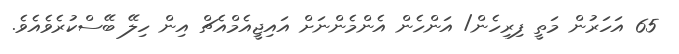
65 އަހަރުން މަތީ ފިރިހެން/ އަންހެން އެންމެންނަށް އައިޖީއެމްއެޗް އިން ހިލޭ ބޭސްކުރެވެއެވެ.